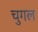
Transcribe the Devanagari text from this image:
चुगल